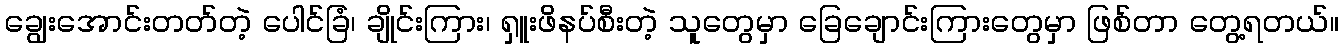
ချွေးအောင်းတတ်တဲ့ ပေါင်ခြံ၊ ချိုင်းကြား၊ ရှူးဖိနပ်စီးတဲ့ သူတွေမှာ ခြေချောင်းကြားတွေမှာ ဖြစ်တာ တွေ့ရတယ်။